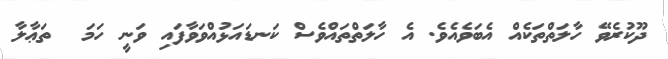
ދޫކުރެވޭ ހާލަތްތަކެއް އެބަވެއެވެ. އެ ހާލަތްތައްވެސް ކަނޑައަޅުއްވަވާފައި ވަނީ ހަމަ  ތަޢާލާ